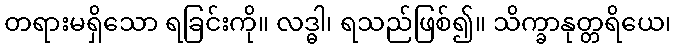
တရားမရှိသော ရခြင်းကို။ လဒ္ဓါ၊ ရသည်ဖြစ်၍။ သိက္ခာနုတ္တရိယေ၊